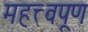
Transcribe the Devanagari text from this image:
महत्त्वपूण